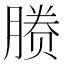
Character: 𬂉